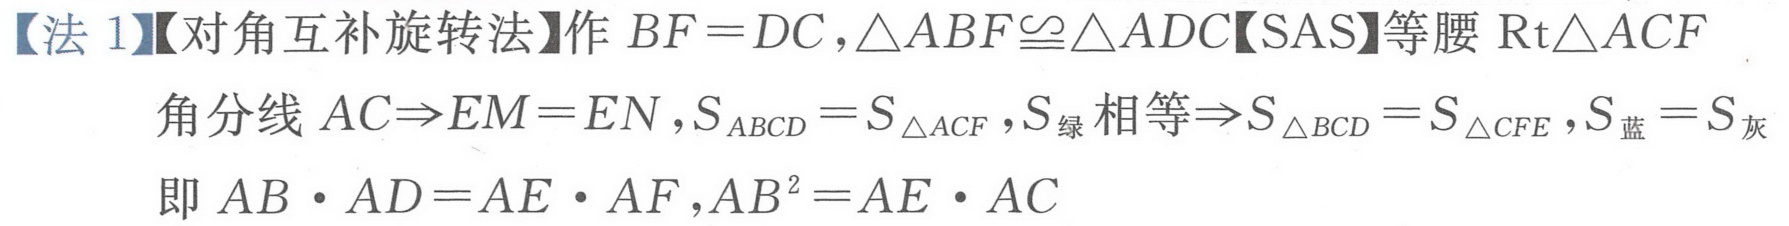
【法 1】【对角互补旋转法】作\(BF = DC,\triangle ABF\cong\triangle ADC\)【SAS】等腰\(\text{Rt}\triangle ACF\)
角分线\(AC\Rightarrow EM = EN,S_{ABCD}=S_{\triangle ACF},S_{绿}相等\Rightarrow S_{\triangle BCD}=S_{\triangle CFE},S_{蓝}=S_{灰}\)
即\(AB\cdot AD = AE\cdot AF,AB^{2}=AE\cdot AC\)